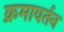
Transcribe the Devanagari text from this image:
क्रमावर्तन